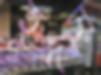
হূদয়